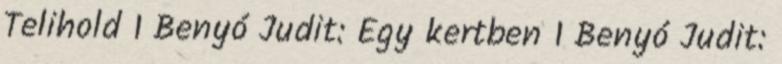
Telihold 1 Benyó Judit: Egy kertben 1 Benyó Judit: